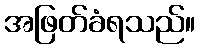
အဖြတ်ခံရသည်။